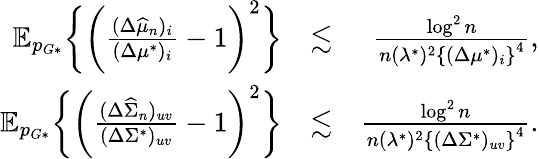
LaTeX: \begin{array}{rlr}{\mathbb{E}_{p_{G*}}\biggr\{ \biggr(\frac{(\Delta\widehat{\mu}_{n})_{i}}{(\Delta\mu^{*})_{i}}-1\biggr)^{2}\biggr\} }&{\lesssim}&{\frac{\log^{2}n}{n(\lambda^{*})^{2}\left\{ (\Delta\mu^{*})_{i}\right\} ^{4}},}\\ {\mathbb{E}_{p_{G*}}\biggr\{ \biggr(\frac{(\Delta\widehat{\Sigma}_{n})_{uv}}{(\Delta\Sigma^{*})_{uv}}-1\biggr)^{2}\biggr\} }&{\lesssim}&{\frac{\log^{2}n}{n(\lambda^{*})^{2}\left\{ (\Delta\Sigma^{*})_{uv}\right\} ^{4}}.}\end{array}